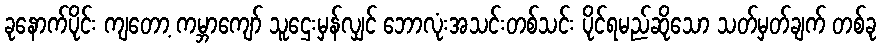
ခုနောက်ပိုင်း ကျတော့ ကမ္ဘာကျော် သူဌေးမှန်လျှင် ဘောလုံးအသင်းတစ်သင်း ပိုင်ရမည်ဆိုသော သတ်မှတ်ချက် တစ်ခု